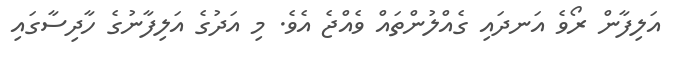
އަލިފާން ރޯވެ އަނދައި ގެއްލުންތައް ވެއްޖެ އެވެ. މި އަދުގެ އަލިފާނުގެ ހާދިސާގައި